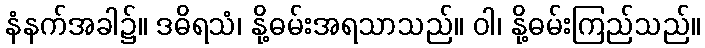
နံနက်အခါ၌။ ဒဓိရသံ၊ နို့ဓမ်းအရသာသည်။ ဝါ၊ နို့ဓမ်းကြည်သည်။